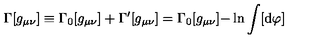
\Gamma [ g _ { \mu \nu } ] \equiv \Gamma _ { 0 } [ g _ { \mu \nu } ] + \Gamma ^ { \prime } [ g _ { \mu \nu } ] = \Gamma _ { 0 } [ g _ { \mu \nu } ] \mathrm { - \ln } \int [ \mathrm { d } \varphi ] ~